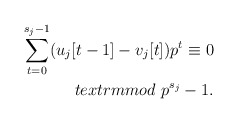
\begin{align*}\sum_{t=0}^{s_{j}-1}(u_{j}[t-1]-v_{j}[t])p^{t}\equiv 0 \\textrm{mod}\ p^{s_{j}}-1.\end{align*}